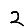
Digit: 2